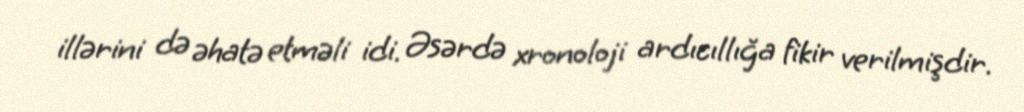
illərini də əhatə etməli idi. Əsərdə xronoloji ardıcıllığa fikir verilmişdir.